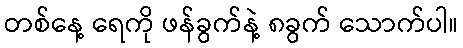
တစ်နေ့ ရေကို ဖန်ခွက်နဲ့ ၈ခွက် သောက်ပါ။